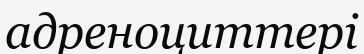
адреноциттері